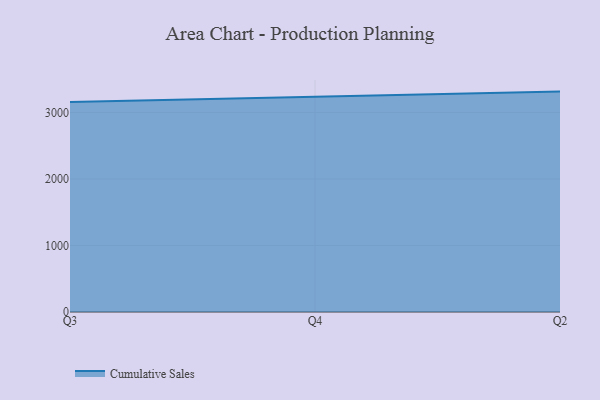
{"axis": {"x": "Quarter", "y": "Backlog"}, "legend": ["Cumulative Sales"], "data": [{"x": "Q3", "y": 3155.5, "type": "Cumulative Sales"}, {"x": "Q4", "y": 3233.1, "type": "Cumulative Sales"}, {"x": "Q2", "y": 3312.8, "type": "Cumulative Sales"}]}